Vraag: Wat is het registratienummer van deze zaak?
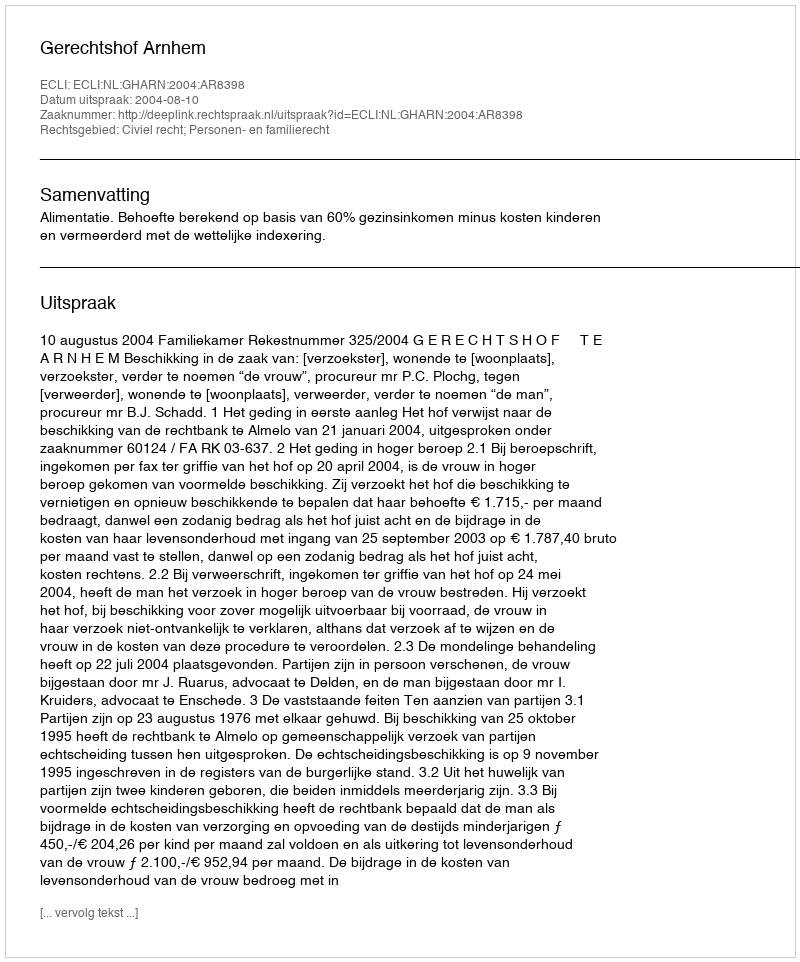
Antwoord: http://deeplink.rechtspraak.nl/uitspraak?id=ECLI:NL:GHARN:2004:AR8398